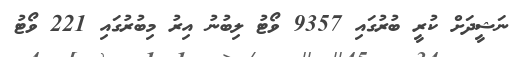
ނަޝީދަށް ކުރީ ބުރުގައި 9357 ވޯޓު ލިބުނު އިރު މިބުރުގައި 221 ވޯޓު